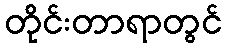
တိုင်းတာရာတွင်